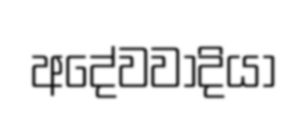
අදේවවාදියා